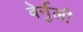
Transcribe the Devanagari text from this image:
बेर्नुली